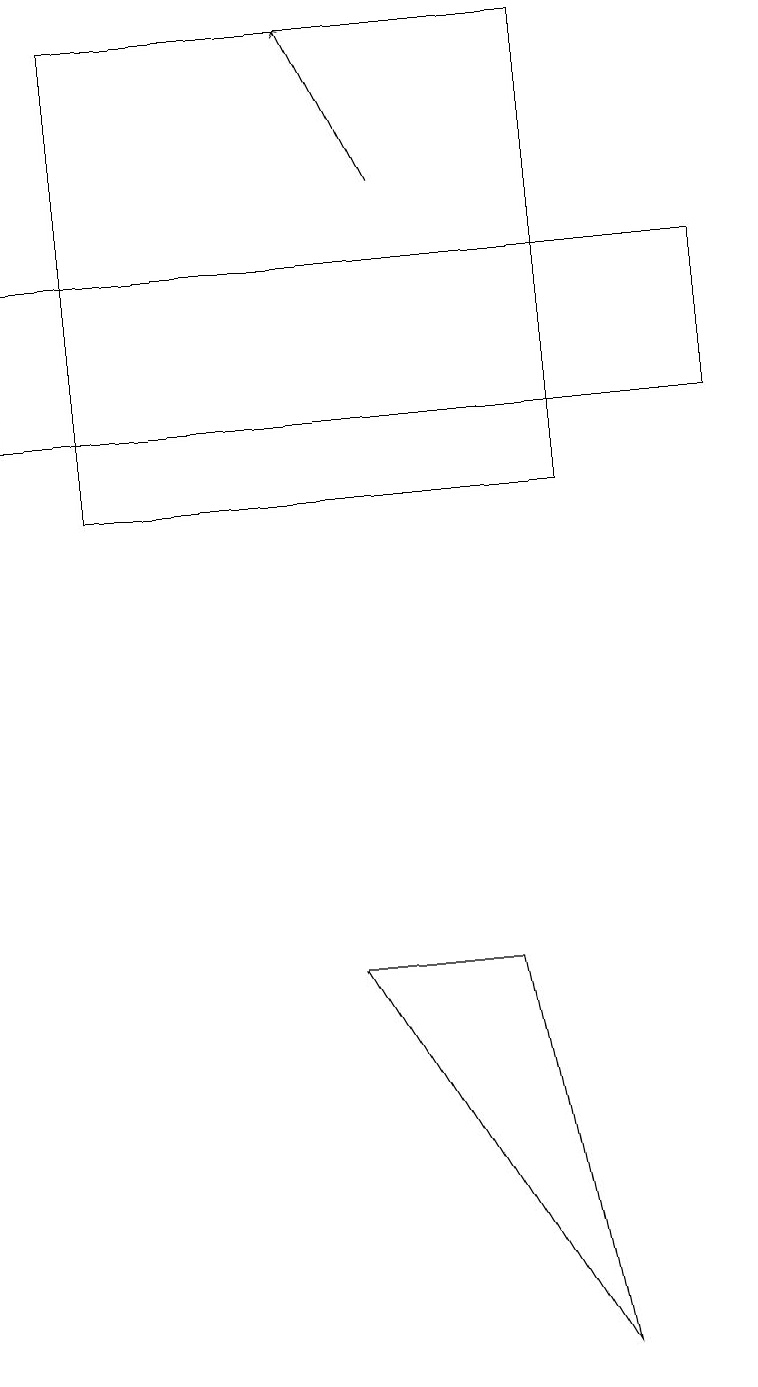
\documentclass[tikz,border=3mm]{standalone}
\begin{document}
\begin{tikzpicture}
\draw[->] (5,16) -- (4,18);
\draw (1,12) rectangle (7,18);
\draw (7,1) -- (4,6) -- (6,6) -- cycle;
\draw (0,13) rectangle (9,15);
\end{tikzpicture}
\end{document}